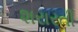
શરારતી